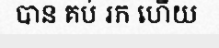
បាន គប់ រក ហើយ